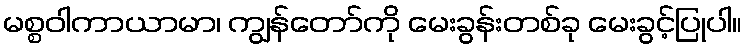
မစ္စဝါကာယာမာ၊ ကျွန်တော်ကို မေးခွန်းတစ်ခု မေးခွင့်ပြုပါ။